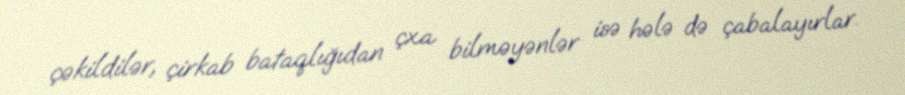
çəkildilər, çirkab bataqlığıdan çxa bilməyənlər isə hələ də çabalayırlar.